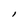
Character: l